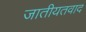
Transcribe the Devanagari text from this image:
जातीयतवाद